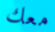
معك